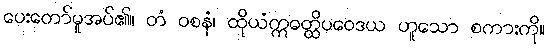
ပေးတော်မူအပ်၏။ တံ ဝစနံ၊ ထိုယံဣဓတ္ထိပဝေဒယ ဟူသော စကားကို။